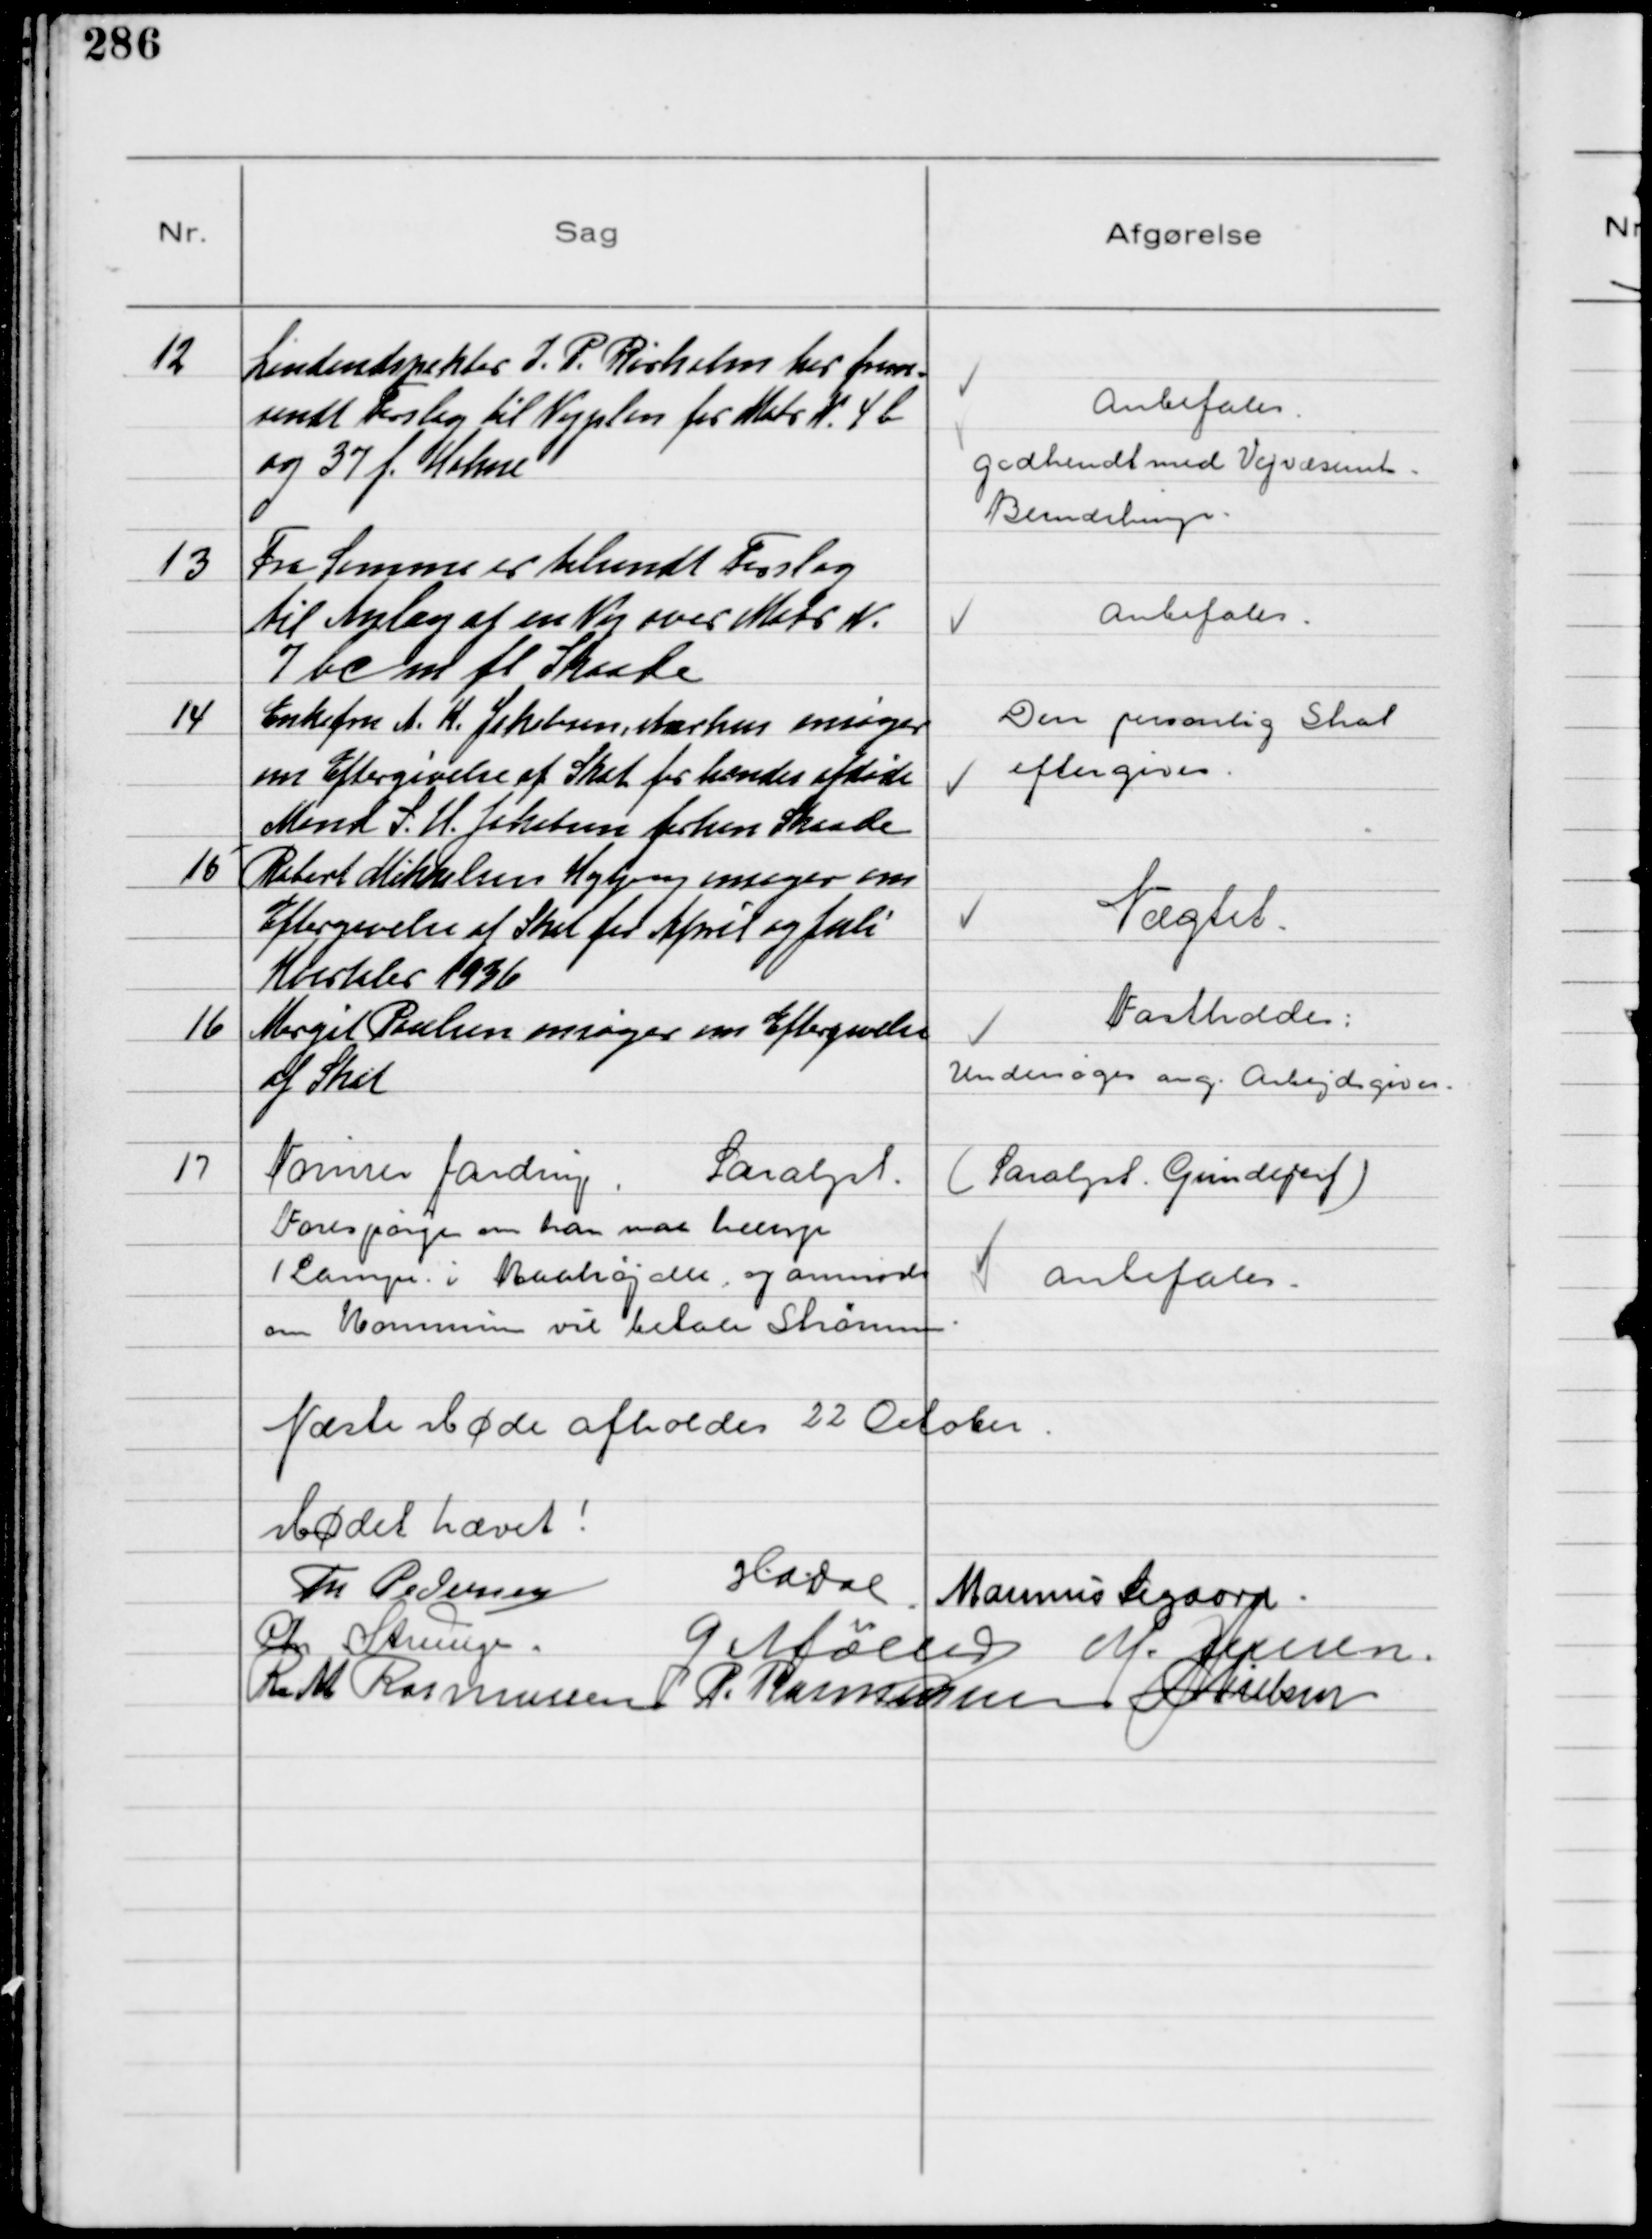
Transskription:
12
Landindspektør J. P. Rørholm har frem-
sendt Forslag til Vejplan for Matr N. 4 b
og 37 f Holme

Anbefales
godkendt med Vejvæsenets
Bemærkninger

13
Fra Samme er tilendt Forslag
til Anlæg af en Vej over Matr N.
7 bc m fl Skaade

Anbefales

14
Enkefru A. K. Jakobsen, Aarhus ansøger
om Eftergivelse af Skat for hendes afdøde
Mand S. H. Jakobsen forhen Skaade

Den personlig Skat
eftergives

15
Robert Mikkelsen Højbjerg ansøger om
Eftergivelse af Skat for April og Juli
Kvartaler 1936

Nægtet

16
Margit Poulsen ansøger om Eftergivelse
af Skat

Fastholdes
Undersøges ang. Arbejdsgiver

17
Norman Jardring Saralyst
Forespørger om han maa hænge
1 Lampe i Raahøjalle, og anmoder
om Kommunen vil betale Strømmen

(Saralyst Grundejerf)
Anbefales

Næste Møde afholdes 22 October
Mødet hævet!
Th Pedersen HADal Marinus Sigaard
Chr Strunge G Møller M. Jensen
R M Rasmussen P. Rasmussen NNielsen